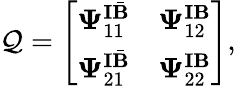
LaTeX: \mathcal{Q}=\left[\begin{array}{ll}{\boldsymbol{\Psi}_{{11}}^{\mathbf{I}\bar{\mathbf{B}}}}&{\boldsymbol{\Psi}_{{12}}^{\mathbf{I}\mathbf{B}}}\\ {\boldsymbol{\Psi}_{{21}}^{\mathbf{I}\bar{\mathbf{B}}}}&{\boldsymbol{\Psi}_{{22}}^{\mathbf{I}\mathbf{B}}}\end{array}\right],